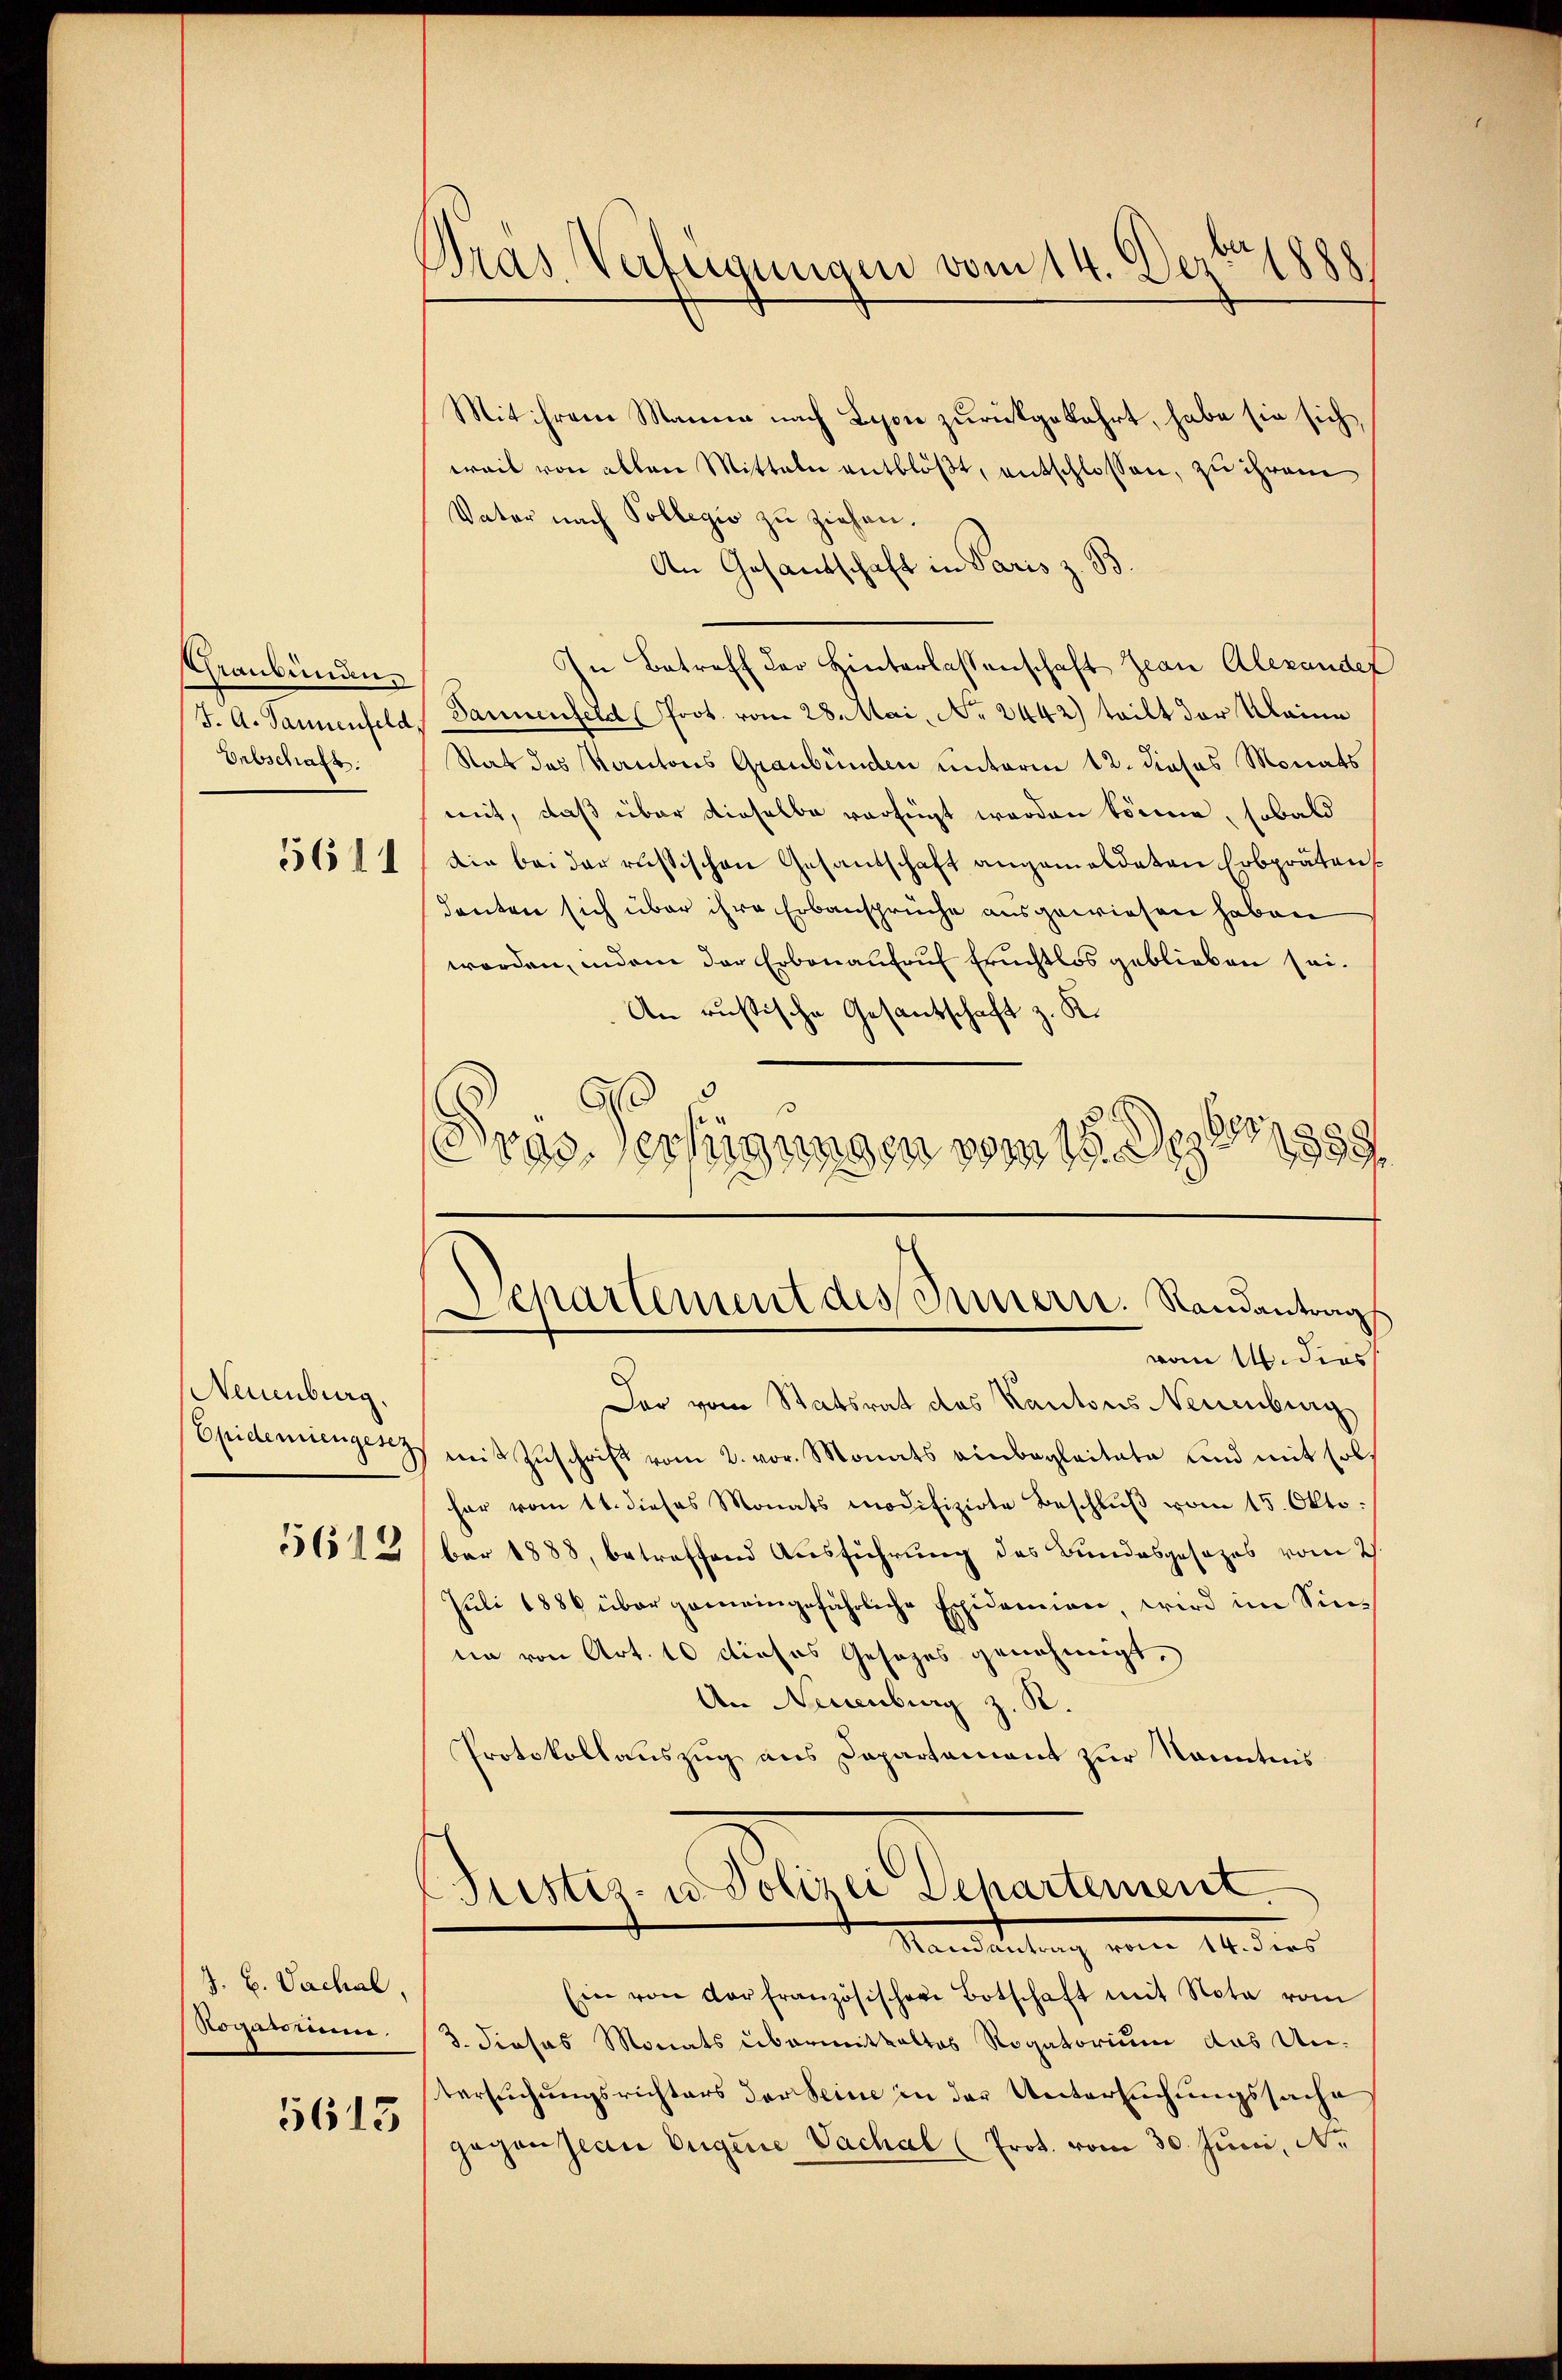
Graubünden.
Onbschaft
5611

Neuenburg.
Epidemiengesez
5612

J. H. Vachal,
Roganium.

5613

Dras Verfügungen vom 14. Dez. 1888

Mit ihrem Manne nach Lyon zurückgekehrt, habe sie sich,
weil von allen Mitteln entblößt, entschlossen, zu ihrem
Vater nach Sollegio zu ziehen.
An Gesandschaft in Paris z. B.
In Betreff der Hinterlassenschaft Zean Alexander
J. A. Tannenfeld, Pannenfeld (Prot. vom 28. Mai, No. 2442) teilt der Kleine
Rat das Kantons Graubünden unterm 12. dieses Monats
mit, daß über dieselbe verfügt worden könne, sobald
Die bei der russischen Gesandschaft angemeldeten Erbprätens
denten sich über ihre Erbansprüche ausgewiesen haben
werden, indem der Erbenaufruf Eruchtlos geblieben sei.
An russische Gesandschaft z. K.
18, 1889.
Pris Verfügungen vom 15. D

Departement des Innern. Standantrags
vom 14. dies

Der vom Statsrat des Kantons Neuenburg
mit Zuschrift vom 2. vor. Monats einbegleitete und mit sol
har vom 11. dieses Monats modifizirte Beschlŭβ vom 15. Okto
ber 1888, betreffend Ausführung des Bundesgesezes vom 2
Juli 1886 über gemeingefährliche Exidemien, wird im Sinnn von Art. 10 dieses Gesezes genehmigt.
An Neuenburg z. R.
Protokollauszug aus Departament zur Kenntnis

(Justiz- u. Polizei Departement
Manleitung von Widers

Ein von der französischer Botschaft mit Nota vom
3. dieses Monats übermittaltes Rogatorium das Untersuchungsrichters der Seine in der Untersuchungssache
gegen Jean Eugene Vachal (Prot. vom 30. Juni, N.